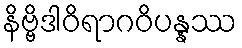
နိဗ္ဗိဒါဝိရာဂဝိပန္နဿ